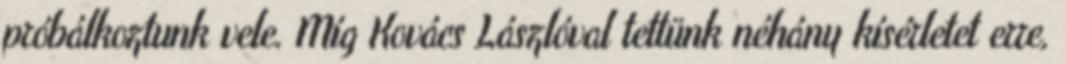
próbálkoztunk vele. Míg Kovács Lászlóval tettünk néhány kísérletet erre,